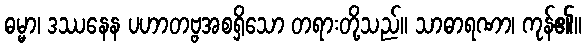
ဓမ္မာ၊ ဒဿနေန ပဟာတဗ္ဗအစရှိသော တရားတို့သည်။ သာဓာရဏာ၊ ကုန်၏။